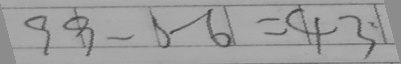
9 9 - 5 6 = 4 3